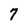
Character: 7